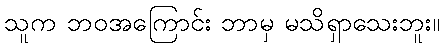
သူက ဘဝအကြောင်း ဘာမှ မသိရှာသေးဘူး။